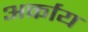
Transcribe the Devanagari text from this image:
अर्काय